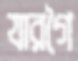
যারগৈ